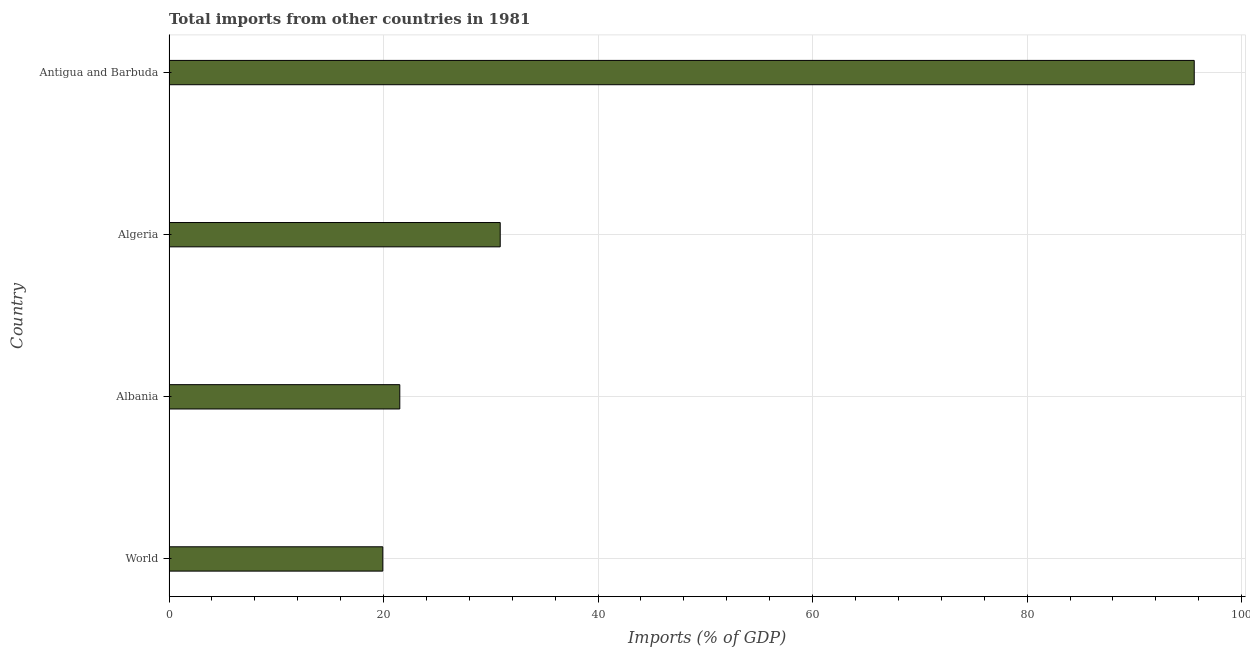
| Country | Imports |
 | --- | --- |
 | World | 19.9 |
 | Albania | 21.5 |
 | Algeria | 30.9 |
 | Antigua and Barbuda | 95.6 |